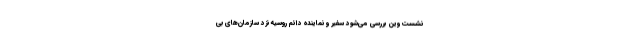
نشست وین بررسی می‌شود سفیر و نماینده دائم روسیه نزد سازمان‌های بی